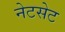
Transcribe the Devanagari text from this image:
नेटसेट